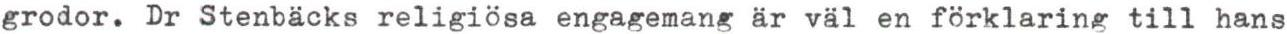
grodor. Dr Stenbäcks religiösa engagemang är väl en förklaring till hans